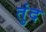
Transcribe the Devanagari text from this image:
तुंद